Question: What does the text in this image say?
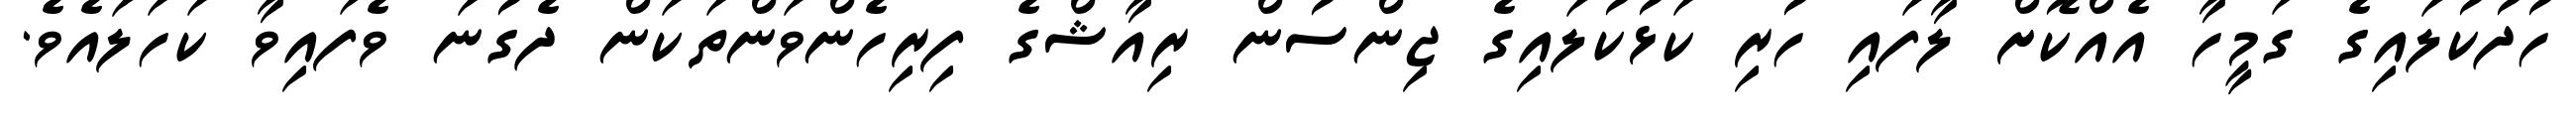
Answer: ހުދުކުލައިގެ ގަމީހާ އެއްކޮށް ލާފައި ހުރި ކަޅުކުލައިގެ ޖިންސުން ރިއާޝްގެ ފިރިހެންވަންތަކަން ދެގުނަ ވެފައިވާ ކަހަލައެވެ.